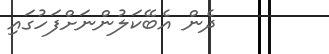
ދެން އެބޭކަލުންނަށްފަހުގައި